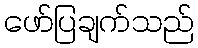
ဖော်ပြချက်သည်